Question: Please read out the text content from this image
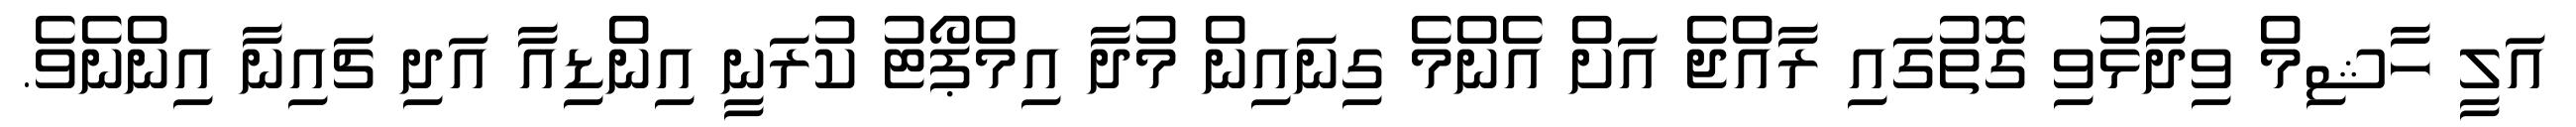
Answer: އަލީ ހާޝިމް ވިދާޅުވި ގޮތުގައި ރާއްޖެ އަށް އެންމެ ގިނައިން މުދާ އިމްޕޯޓު ކުރަނީ އިންޑިއާ އަދި ޗައިނާ އިންނެވެ.